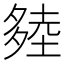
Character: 𰋔